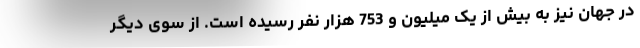
در جهان نیز به بیش از یک میلیون و 753 هزار نفر رسیده است. از سوی دیگر